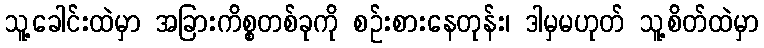
သူ့ခေါင်းထဲမှာ အခြားကိစ္စတစ်ခုကို စဉ်းစားနေတုန်း၊ ဒါမှမဟုတ် သူ့စိတ်ထဲမှာ